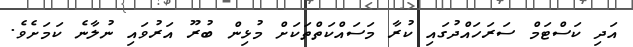
އަދި ކަސްޓަމް ސަރަހައްދުގައި ކުރާ މަސައްކަތްތަކަށް މުޅިން ބުރޫ އަރުވައި ނުލާނެ ކަމަށެވެ.